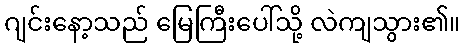
ဂျင်းနော့သည် မြေကြီးပေါ်သို့ လဲကျသွား၏။